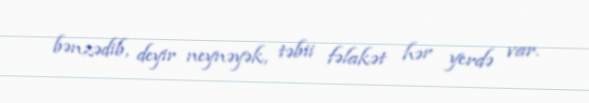
bənzədib, deyir neynəyək, təbii fəlakət hər yerdə var.